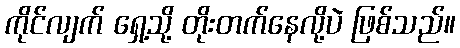
ကိုင်လျက် ရှေ့သို့ တိုးတက်နေလို့ပဲ ဖြစ်သည်။